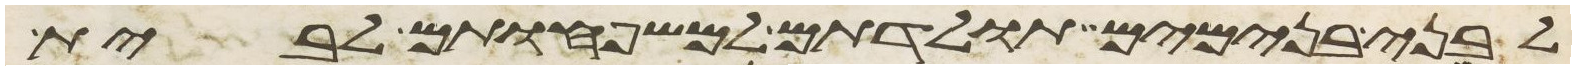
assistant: לבני בנימים תולדתם למשפחותם לבית